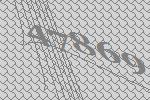
47869